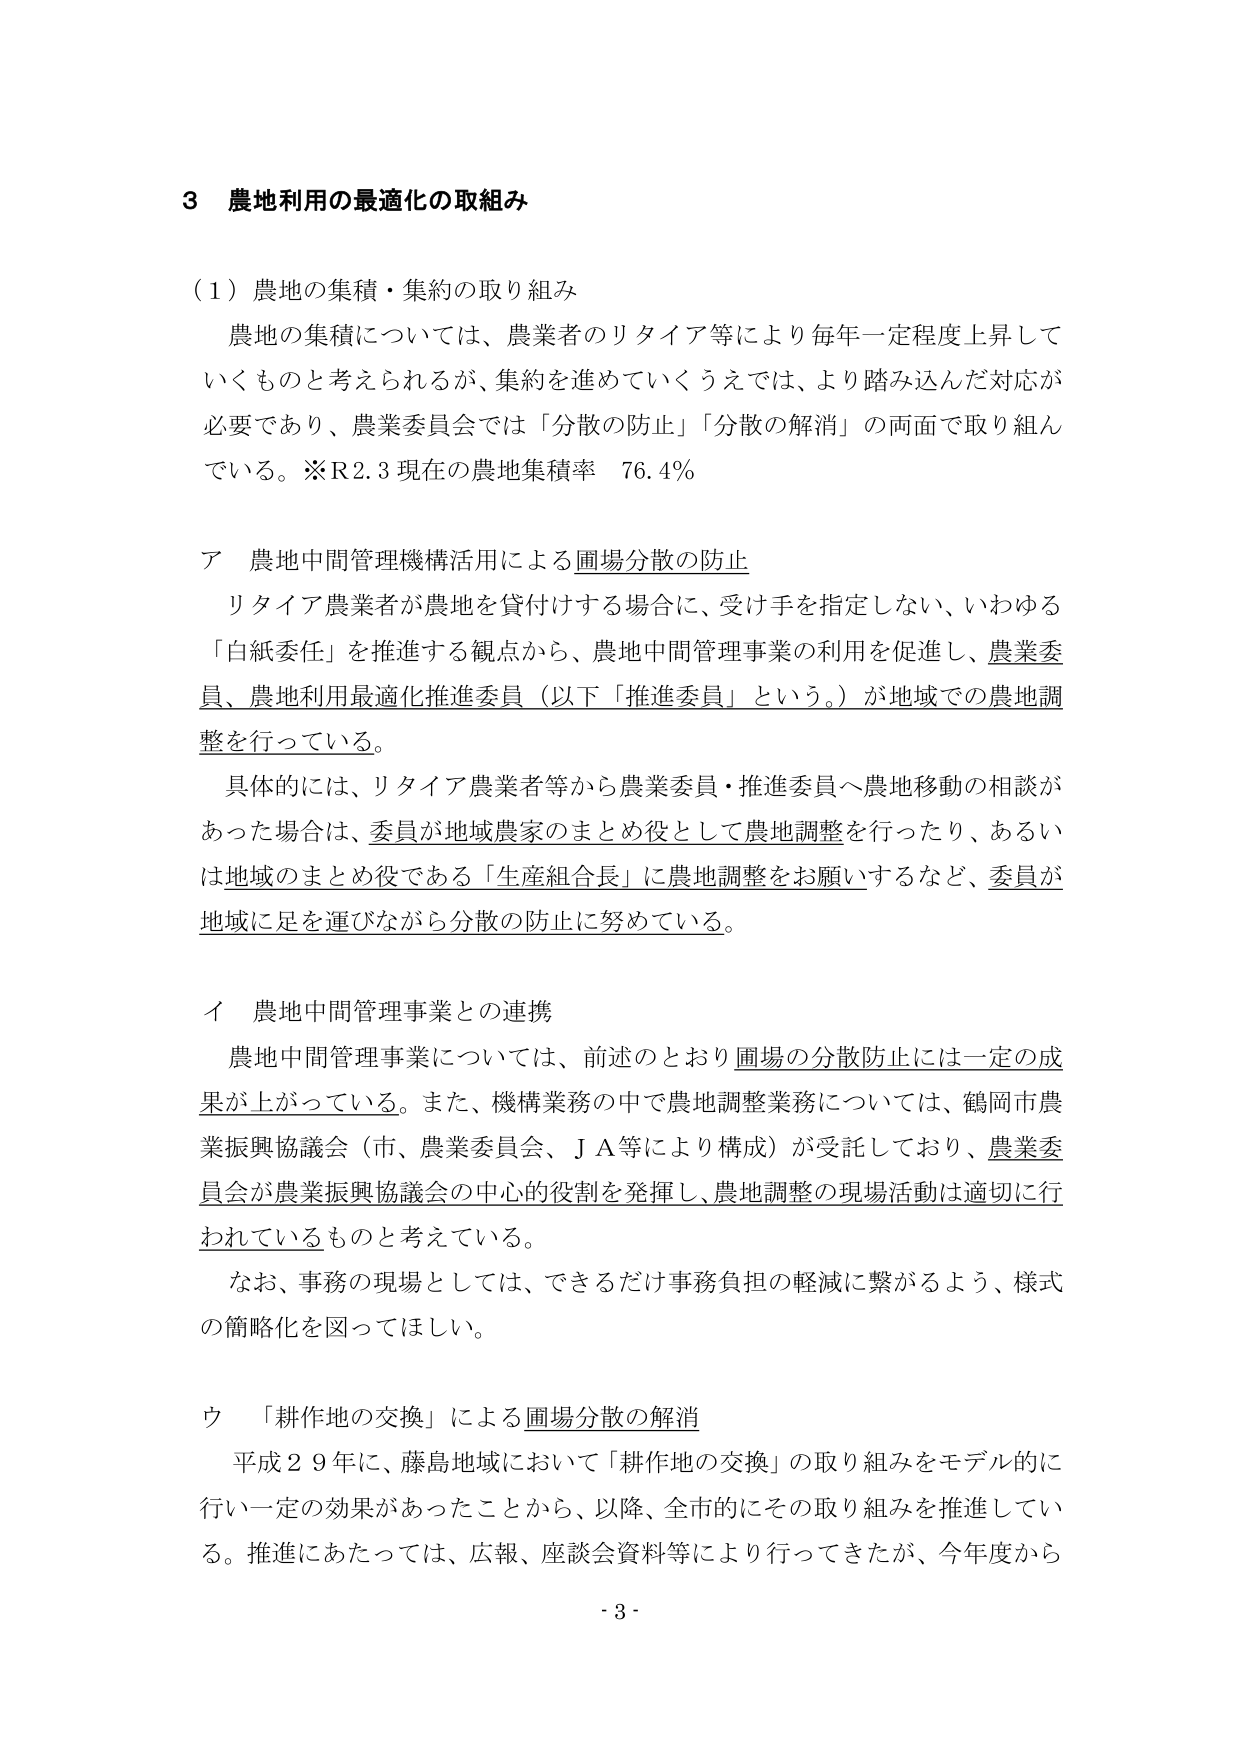
3 農地利用の最適化の取組み

（1）農地の集積・集約の取り組み
農地の集積については、農業者のリタイア等により毎年一定程度上昇して
いくものと考えられるが、集約を進めていくうえでは、より踏み込んだ対応が
必要であり、農業委員会では「分散の防止」「分散の解消」の両面で取り組ん
でいる。※R2.3 現在の農地集積率 76.4%

ア 農地中間管理機構活用による圃場分散の防止
リタイア農業者が農地を貸付けする場合に、受け手を指定しない、いわゆる
「白紙委任」を推進する観点から、農地中間管理事業の利用を促進し、農業委
員、農地利用最適化推進委員（以下「推進委員」という。）が地域での農地調
整を行っている。
具体的には、リタイア農業者等から農業委員・推進委員へ農地移動の相談が
あった場合は、委員が地域農家のまとめ役として農地調整を行ったり、あるい
は地域のまとめ役である「生産組合長」に農地調整をお願いするなど、委員が
地域に足を運びながら分散の防止に努めている。

イ 農地中間管理事業との連携
農地中間管理事業については、前述のとおり圃場の分散防止には一定の成
果が上がっている。また、機構業務の中で農地調整業務については、鶴岡市農
業振興協議会（市、農業委員会、ＪＡ等により構成）が受託しており、農業委
員会が農業振興協議会の中心的役割を発揮し、農地調整の現場活動は適切に行
われているものと考えている。
なお、事務の現場としては、できるだけ事務負担の軽減に繋がるよう、様式
の簡略化を図ってほしい。

ウ 「耕作地の交換」による圃場分散の解消
平成29年に、藤島地域において「耕作地の交換」の取り組みをモデル的に
行い一定の効果があったことから、以降、全市的にその取り組みを推進してい
る。推進にあたっては、広報、座談会資料等により行ってきたが、今年度から
- 3 -